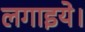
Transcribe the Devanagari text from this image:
लगाइये।